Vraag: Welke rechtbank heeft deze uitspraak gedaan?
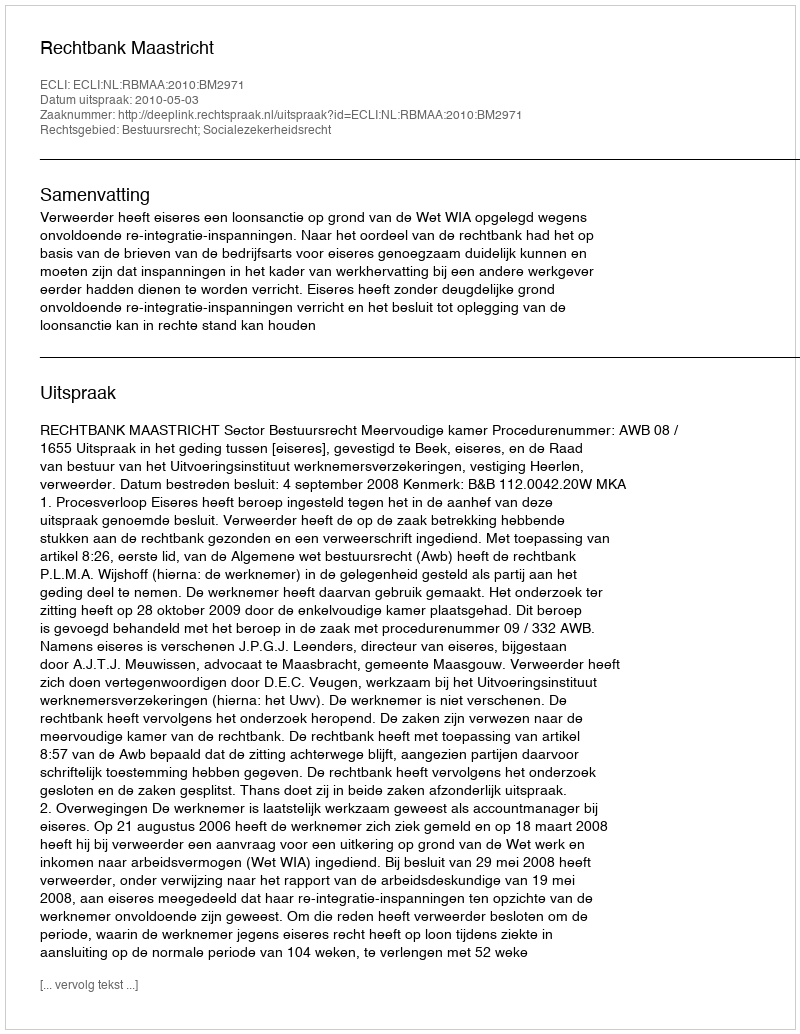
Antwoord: Rechtbank Maastricht